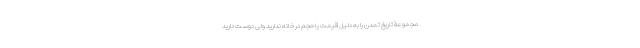
مجموعۀ تاریخ تمدن را به دلیل قیمت یا حجم در خانه ندارید ولی دوست دارید